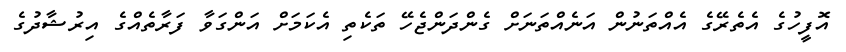
އޮފީހުގެ އެތެރޭގެ އެއްތަނުން އަނެއްތަނަށް ގެންދަންޖެހޭ ތަކެތި އެކަމަށް އަންގަވާ ފަރާތެއްގެ އިރުޝާދުގެ